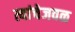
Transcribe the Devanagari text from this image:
त्यांचेजवळ